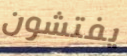
يفتشون